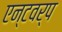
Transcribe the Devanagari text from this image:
एन्टवर्प